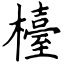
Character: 檯